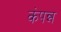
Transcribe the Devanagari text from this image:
कंपन्न